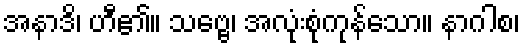
အနာဒိ၊ ဟီ၏။ သဗ္ဗေ၊ အလုံးစုံကုန်သော။ နာဂါစ၊